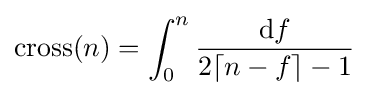
\mathrm {cross} (n)=\int _{0}^{n}{\frac {\mathrm {d} f}{2\lceil n-f\rceil -1}}